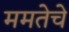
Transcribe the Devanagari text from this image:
ममतेचे